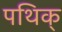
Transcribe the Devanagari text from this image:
पथिक्‌